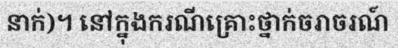
នាក់)។ នៅក្នុងករណីគ្រោះថ្នាក់ចរាចរណ៍